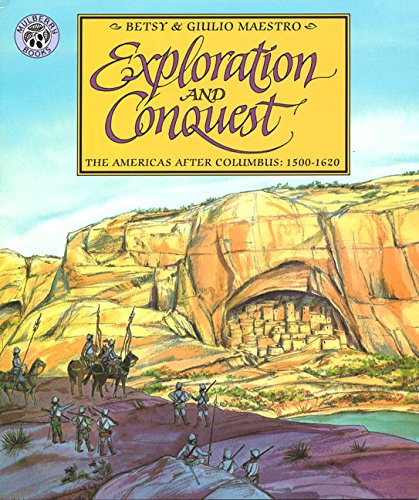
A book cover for Exploration and Conquest: The Americas After Columbus: 1500-1620 (American Story); Betsy Maestro; Children's Books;